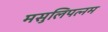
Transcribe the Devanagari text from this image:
मसुलिपत्नम